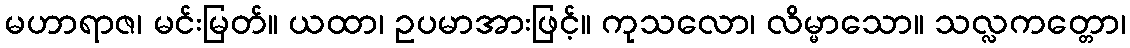
မဟာရာဇ၊ မင်းမြတ်။ ယထာ၊ ဥပမာအားဖြင့်။ ကုသလော၊ လိမ္မာသော။ သလ္လကတ္တော၊